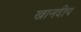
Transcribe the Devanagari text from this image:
खानदीप